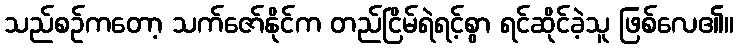
သည်စဉ်ကတော့ သက်ဇော်နိုင်က တည်ငြိမ်ရဲရင့်စွာ ရင်ဆိုင်ခဲ့သူ ဖြစ်လေ၏။